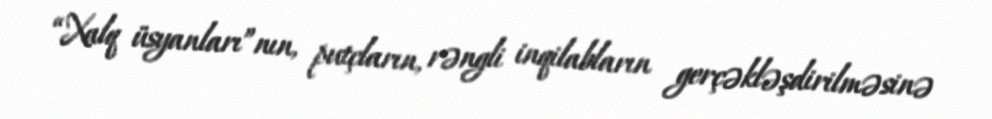
“Xalq üsyanları”nın, putçların, rəngli inqilabların gerçəkləşdirilməsinə